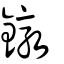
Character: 鐓